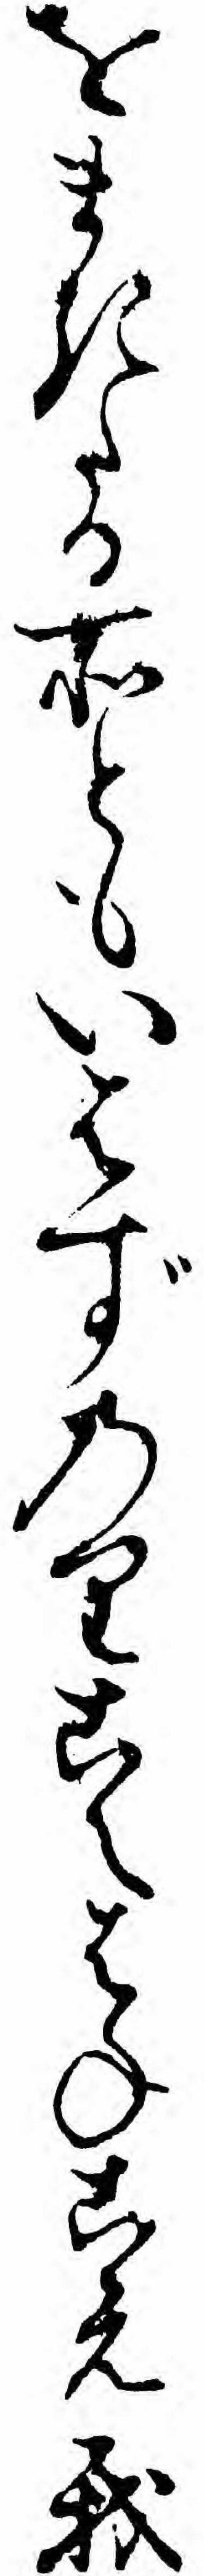
をまきたる所ともいはずのりこえはねこえ我